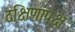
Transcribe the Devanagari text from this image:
दक्षिणापक्ष